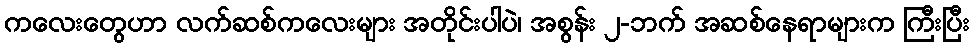
ကလေးတွေဟာ လက်ဆစ်ကလေးများ အတိုင်းပါပဲ၊ အစွန်း ၂-ဘက် အဆစ်နေရာများက ကြီးပြီး